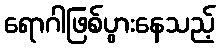
ရောဂါဖြစ်ပွားနေသည့်